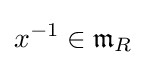
x^{-1}\in {\mathfrak {m}}_{R}